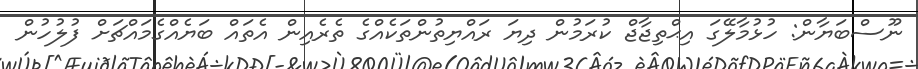
ނޫސްބަޔާން: ހުޅުމާލޭގަ އިޙްތިޖާޖް ކުރަމުން ދިޔަ ރައްޔިތުންތަކެއްގެ ތެރެއިން އެތައް ބަޔެއްގެމައްޗަށް ފުލުހުން